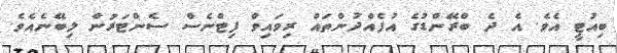
ބިއުޓީ އެވެ. އެ ދެ ބްރޭންޑުގެ އުފެއްދުންތައް ރިވައިވް ފިޓްނެސް ސެންޓަރުން ލިބޭނެއެވެ.